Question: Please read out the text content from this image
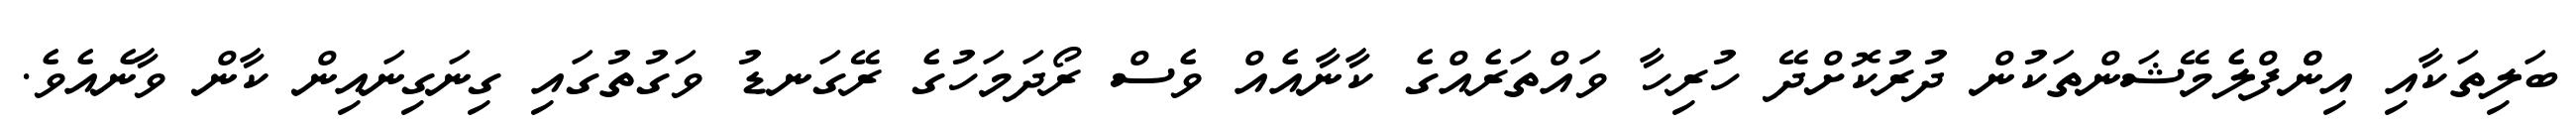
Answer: ބަލިތަކާއި އިންްފްލެމޭޝަންތަކުން ދުރުކޮށްދޭ ހުރިހާ ވައްތަރެއްގެ ކާނާއެއް ވެސް ރޯދަމަހުގެ ރޭގަނޑު ވަގުތުގައި ގިނަގިނައިން ކާން ވާނެއެވެ.